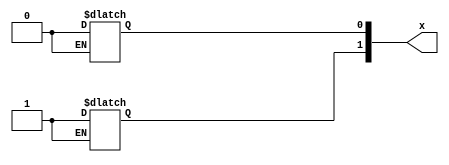
module latch_1990 #(
        parameter BUG = 1
) (
	(* nowrshmsk = !BUG *)
        output reg [1:0] x
);
        wire z = 0;
        integer i;
        always @*
                for (i = 0; i < 2; i=i+1)
                        x[z^i] = z^i;
endmodule